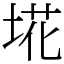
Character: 埖